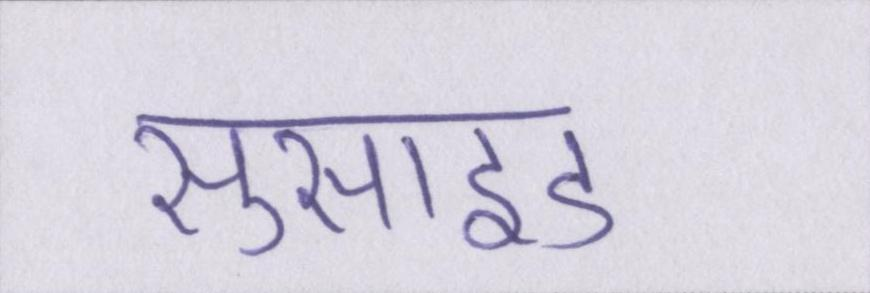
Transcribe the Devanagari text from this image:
सुसाइड